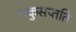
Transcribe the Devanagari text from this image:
शकुसप्तति